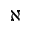
\aleph